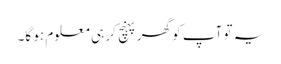
یہ تو آپ کو گھر پہنچ کر ہی معلوم ہو گا۔